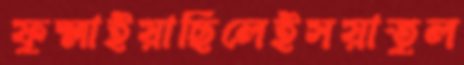
ফুস্‌লাইয়াছিলেইসয়াতুল